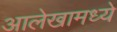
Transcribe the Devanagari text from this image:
आलेखामध्ये